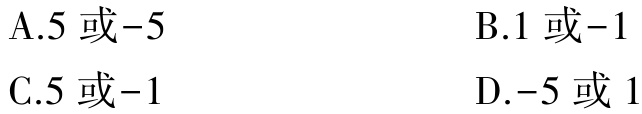
A.5 或-5  B.1 或-1

C.5 或-1  D.-5 或 1